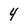
Character: 4